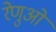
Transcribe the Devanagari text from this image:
रेणुओं